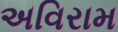
અવિરામ